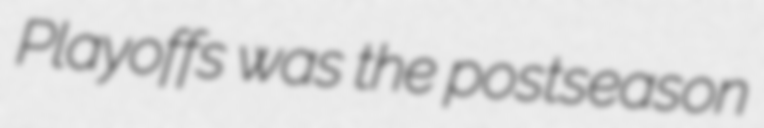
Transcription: Playoffs was the postseason